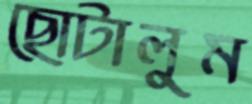
ছোটালুম